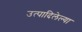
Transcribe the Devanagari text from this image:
उत्पादिलेल्या